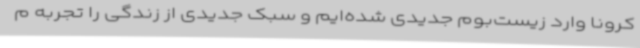
کرونا وارد زیست‌بوم جدیدی شده‌ایم و سبک جدیدی از زندگی را تجربه م